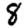
Digit: 8